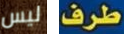
ليس طرف